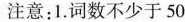
注意：1.词数不少于50；